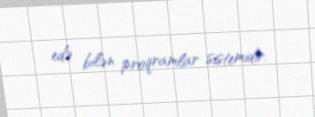
edə bilən proqramlar sistemidir.